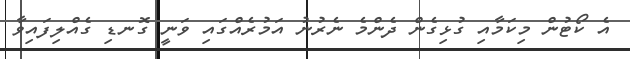
އެ ކޯޓުން މިކަމާއި ގުޅިގެން ދެންމެ ނެރުނު އަމުރެއްގައި ވަނީ ގޮނޑި ގެއްލިފައިވާ